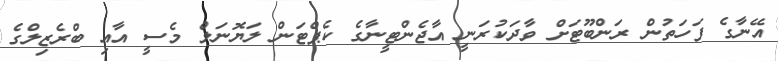
އޭނާގެ ފަހަތުން ރަންބޫޓަށް ވާދަކުރަނީ އާޖެންޓީނާގެ ކެޕްޓަން ލަޔޮނަލް މެސީ އާއި ބްރެޒިލްގެ